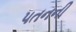
૫તનની